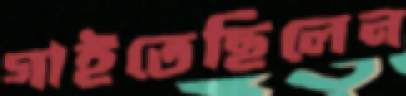
গাইতেছিলেন